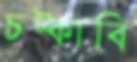
চট্‌কাবি